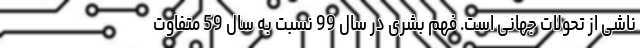
ناشی از تحولات جهانی است. فهم بشری در سال 99 نسبت به سال 59 متفاوت